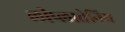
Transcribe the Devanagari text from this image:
लीप्लात्तेनिय